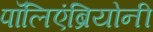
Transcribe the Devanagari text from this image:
पॉलिएंब्रियोनी